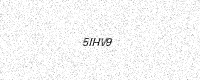
Text: 5IHV9